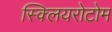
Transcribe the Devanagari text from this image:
स्क्लियरोटोम